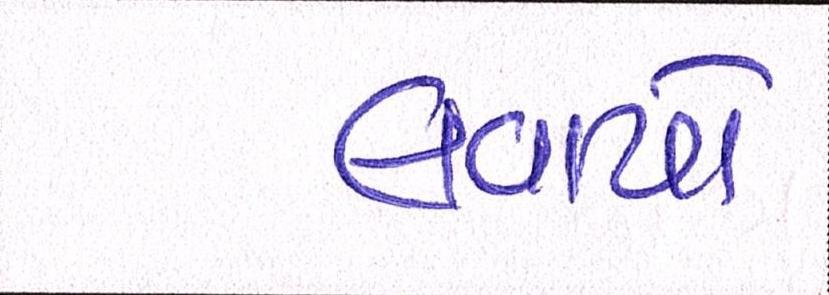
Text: લવાયો